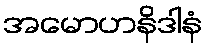
အမောဟနိဒါနံ